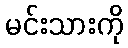
မင်းသားကို